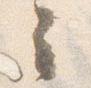
云